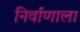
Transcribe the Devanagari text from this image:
निर्वाणाला